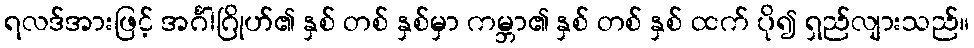
ရလဒ်အားဖြင့် အင်္ဂါဂြိုဟ်၏ နှစ် တစ် နှစ်မှာ ကမ္ဘာ၏ နှစ် တစ် နှစ် ထက် ပို၍ ရှည်လျားသည်။